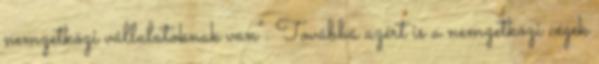
nemzetközi vállalatoknak van”. Továbbá azért is a nemzetközi cégek